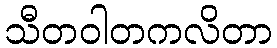
သီတဝါတကလိတာ